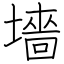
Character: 墻